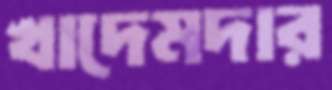
খাদেমদার